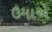
ઉમાએ